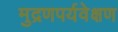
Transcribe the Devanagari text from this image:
मुद्रणपर्यवेक्षण